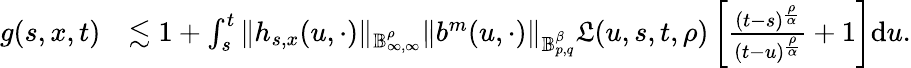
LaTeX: \begin{array}{rl}{g(s,x,t)}&{\lesssim 1+\int_{s}^{t}\Vert h_{s,x}(u,\cdot)\Vert_{\mathbb{B}_{\infty,\infty}^{\rho}}\Vert b^{m}(u,\cdot)\Vert_{\mathbb{B}_{p,q}^{\beta}}\mathfrak{L}(u,s,t,\rho)\left[\frac{(t-s)^{\frac{\rho}{\alpha}}}{(t-u)^{\frac{\rho}{\alpha}}}+1\right]\mathrm{d}u.}\end{array}